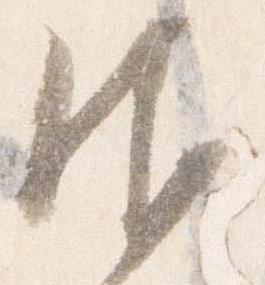
御